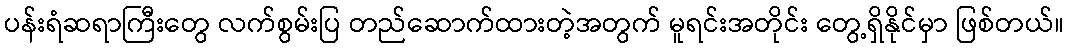
ပန်းရံဆရာကြီးတွေ လက်စွမ်းပြ တည်ဆောက်ထားတဲ့အတွက် မူရင်းအတိုင်း တွေ့ရှိနိုင်မှာ ဖြစ်တယ်။